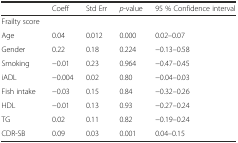
<table><thead><tr><td></td><td><b>Coeff</b></td><td><b>Std Err</b></td><td><b><i>p</i>-value</b></td><td><b>95 % Confidence interval</b></td></tr></thead><tbody><tr><td>Frailty score</td><td></td><td></td><td></td><td></td></tr><tr><td>Age</td><td>0.04</td><td>0.012</td><td>0.000</td><td>0.02–0.07</td></tr><tr><td>Gender</td><td>0.22</td><td>0.18</td><td>0.224</td><td>−0.13–0.58</td></tr><tr><td>Smoking</td><td>−0.01</td><td>0.23</td><td>0.964</td><td>−0.47–0.45</td></tr><tr><td>iADL</td><td>−0.004</td><td>0.02</td><td>0.80</td><td>−0.04–0.03</td></tr><tr><td>Fish intake</td><td>−0.03</td><td>0.15</td><td>0.84</td><td>−0.32–0.26</td></tr><tr><td>HDL</td><td>−0.01</td><td>0.13</td><td>0.93</td><td>−0.27–0.24</td></tr><tr><td>TG</td><td>0.02</td><td>0.11</td><td>0.82</td><td>−0.19–0.24</td></tr><tr><td>CDR-SB</td><td>0.09</td><td>0.03</td><td>0.001</td><td>0.04–0.15</td></tr></tbody></table>